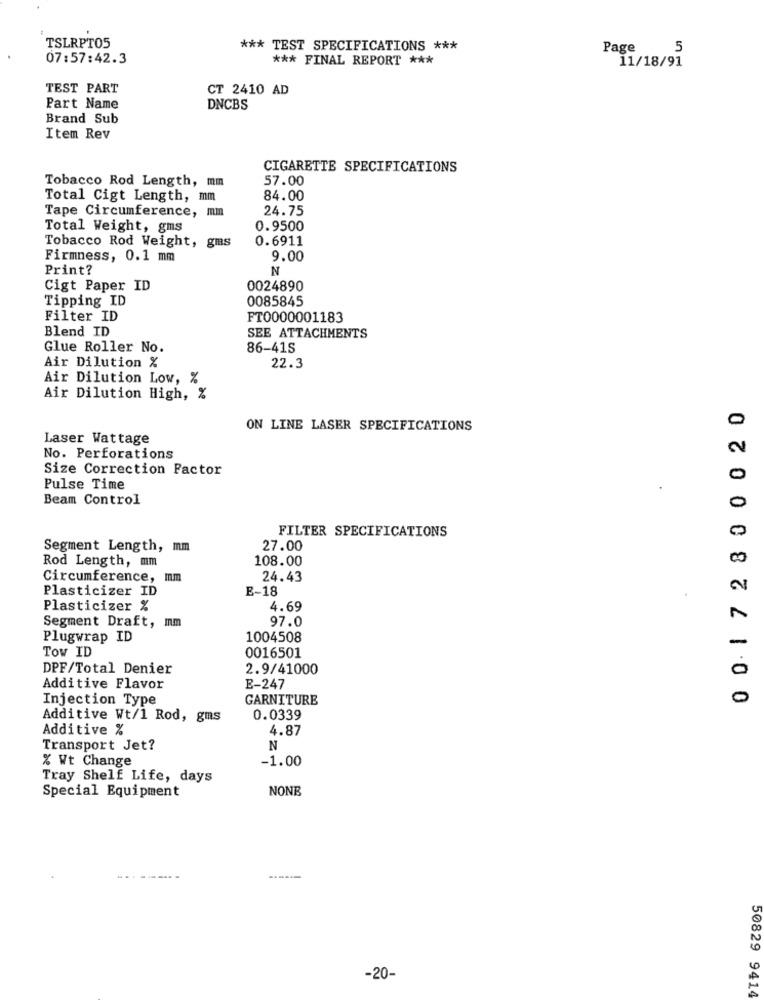
TSLRPT05
*** TEST SPECIFICATIONS ***
Page
5
07:57:42.3
*** FINAL REPORT ***
11/18/91
TEST PART
CT 2410 AD
Part Name
DNCBS
Brand Sub
Item Rev
CIGARETTE SPECIFICATIONS
Tobacco Rod Length, mm
57.00
Total Cigt Length, mm
84.00
Tape Circumference, mm
24.75
Total Weight, gms
0.9500
0.6911
Tobacco Rod Weight, gms
Firmness, 0.1 mm
9.00
Print?
N
Cigt Paper ID
0024890
Tipping ID
0085845
Filter ID
FT0000001183
Blend ID
SEE ATTACHMENTS
Glue Roller No.
86-41S
Air Dilution %
22.3
Air Dilution Low, %
Air Dilution High, %
0 01 72800020
ON LINE LASER SPECIFICATIONS
Laser Wattage
No. Perforations
Size Correction Factor
Pulse Time
Beam Control
FILTER SPECIFICATIONS
Segment Length, mm
27.00
Rod Length, mm
108.00
Circumference, mm
24.43
Plasticizer ID
E-18
Plasticizer %
4.69
97.0
Segment Draft, mm
Plugwrap ID
1004508
Tow ID
0016501
DPF/Total Denier
2.9/41000
Additive Flavor
E-247
Injection Type
GARNITURE
Additive Wt/1 Rod, gms
0.0339
Additive %
4.87
Transport Jet?
N
% Wt Change
-1.00
Tray Shelf Life, days
NONB
Special Equipment
---------
------
-20-
50829 9414